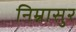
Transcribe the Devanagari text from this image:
निम्नासुर